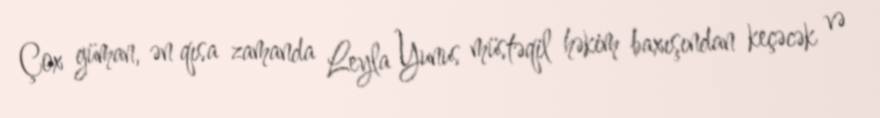
Çox güman, ən qısa zamanda Leyla Yunus müstəqil həkim baxışından keçəcək və